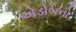
એડોબનો